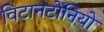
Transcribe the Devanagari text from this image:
विटानटोनियो